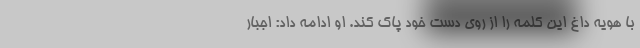
با هویه داغ این کلمه را از روی دست خود پاک کند. او ادامه داد: اجبار